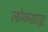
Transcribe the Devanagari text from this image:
लोकग्राह्य